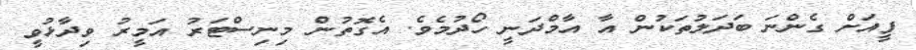
ފީއަށް ގެންނަ ބަދަލުތަކުން އާ އާމްދަނީ ހޯދުމެވެ. އެގޮތުން މިނިސްޓަރު އަމީރު ވިދާޅުވީ